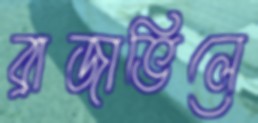
ব্রাজাভিলে